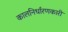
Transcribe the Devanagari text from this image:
कालनिर्धारणकारी